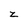
Character: z